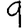
Digit: 9